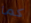
كما